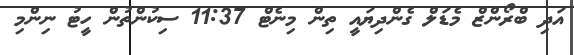
އަދި ބްރޯންޒް މެޑަލް ގެންދިޔައީ ތިން މިނެޓް 11:37 ސިކުންތުން ހީޓު ނިންމި